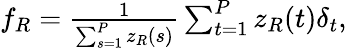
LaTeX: \begin{array}{r}{f_{R}=\frac{1}{\sum_{s=1}^{P}z_{R}(s)}\sum_{t=1}^{P}z_{R}(t)\delta_{t},}\end{array}